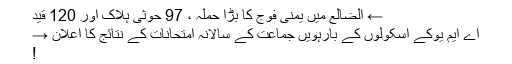
← الضالع میں یمنی فوج کا بڑا حملہ ، 97 حوثی ہلاک اور 120 قید
اے ایم یوکے اسکولوں کے بارہویں جماعت کے سالانہ امتحانات کے نتائج کا اعلان →
!